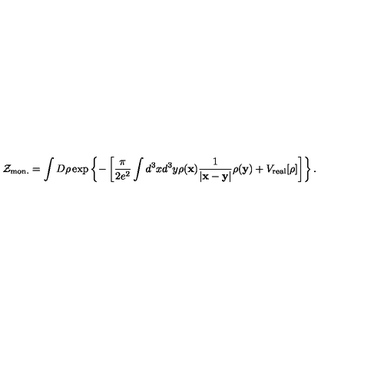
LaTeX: { \cal Z } _ { \mathrm { m o n . } } = \int D \rho \exp \left\{ - \left[ \frac { \pi } { 2 e ^ { 2 } } \int d ^ { 3 } x d ^ { 3 } y \rho ( { \bf x } ) \frac { 1 } { | { \bf x } - { \bf y } | } \rho ( { \bf y } ) + V _ { \mathrm { r e a l } } [ \rho ] \right] \right\} .